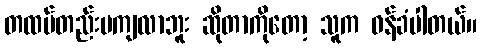
တထပ်တည်းမကျလာဘူး ဆိုတာကိုတော့ သူက ဝန်ခံပါတယ်။